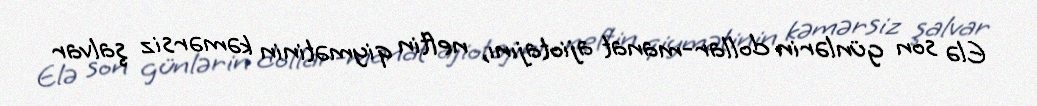
Elə son günlərin dollar-manat ajiotajını, neftin qiymətinin kəmərsiz şalvar